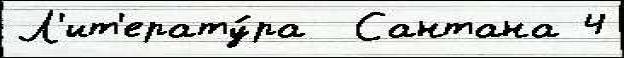
Л'ит'ерату́ра  Сантана 4